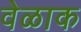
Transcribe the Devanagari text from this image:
वेळाक